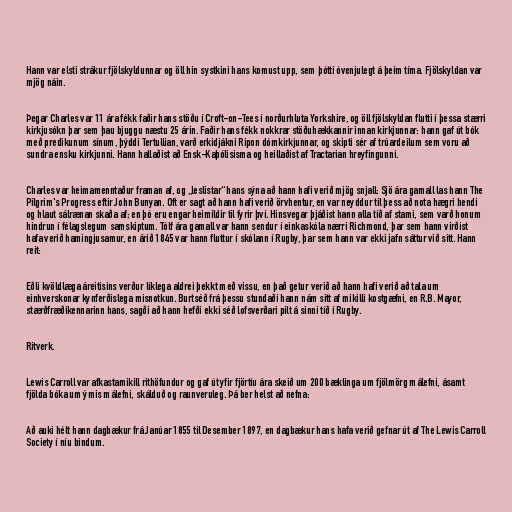
Hann var elsti strákur fjölskyldunnar og öll hin systkini hans komust upp, sem þótti óvenjulegt á þeim tíma. Fjölskyldan var
mjög náin.

Þegar Charles var 11 ára fékk faðir hans stöðu í Croft-on-Tees í norðurhluta Yorkshire, og öll fjölskyldan flutti í þessa stærri
kirkjusókn þar sem þau bjuggu næstu 25 árin. Faðir hans fékk nokkrar stöðuhækkannir innan kirkjunnar: hann gaf út bók
með predikunum sínum, þýddi Tertullian, varð erkidjákni Ripon dómkirkjunnar, og skipti sér af trúardeilum sem voru að
sundra ensku kirkjunni. Hann hallaðist að Ensk-Kaþólisisma og heillaðist af Tractarian hreyfingunni.

Charles var heimamenntaður framan af, og „leslistar“ hans sýna að hann hafi verið mjög snjall: Sjö ára gamall las hann The
Pilgrim's Progress eftir John Bunyan. Oft er sagt að hann hafi verið örvhentur, en var neyddur til þess að nota hægri hendi
og hlaut sálrænan skaða af; en þó eru engar heimildir til fyrir því. Hinsvegar þjáðist hann alla tíð af stami, sem varð honum
hindrun í félagslegum samskiptum. Tólf ára gamall var hann sendur í einkaskóla nærri Richmond, þar sem hann virðist
hafa verið hamingjusamur, en árið 1845 var hann fluttur í skólann í Rugby, þar sem hann var ekki jafn sáttur við sitt. Hann
reit:

Eðli kvöldlæga áreitisins verður líklega aldrei þekkt með vissu, en það getur verið að hann hafi verið að tala um
einhverskonar kynferðislega misnotkun. Burtséð frá þessu stundaði hann nám sitt af mikilli kostgæfni, en R.B. Mayor,
stærðfræðikennarinn hans, sagði að hann hefði ekki séð lofsverðari pilt á sinni tíð í Rugby.

Ritverk.

Lewis Carroll var afkastamikill rithöfundur og gaf út yfir fjörtíu ára skeið um 200 bæklinga um fjölmörg málefni, ásamt
fjölda bóka um ýmis málefni, skálduð og raunveruleg. Þá ber helst að nefna:

Að auki hélt hann dagbækur frá Janúar 1855 til Desember 1897, en dagbækur hans hafa verið gefnar út af The Lewis Carroll
Society í níu bindum.